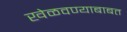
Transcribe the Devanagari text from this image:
खेळवण्याबाबत